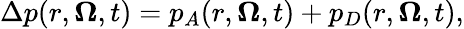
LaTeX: \Delta p(r,\boldsymbol{\Omega},t)=p_{A}(r,\boldsymbol{\Omega},t)+p_{D}(r,\boldsymbol{\Omega},t),